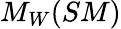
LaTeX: M_{W}(SM)